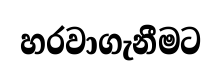
හරවාගැනීමට